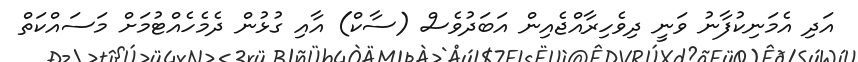
އަދި އެމަނިކުފާނު ވަނީ ދިވެހިރާއްޖެއިން އަބަދުވެސް (ސާކް) އާއި ގުޅުން ދެމެހެއްޓުމަށް މަސައްކަތް